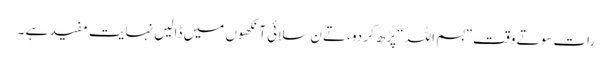
رات سوتے وقت ”بسم اللہ “پڑھ کر دو ،تےن سلائی آنکھوں میں ڈالیں نہایت مفید ہے ۔